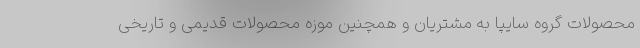
محصولات گروه سایپا به مشتریان و همچنین موزه محصولات قدیمی و تاریخی